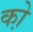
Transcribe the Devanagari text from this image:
को़